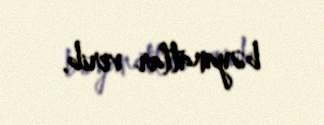
bəyanatlar verib.